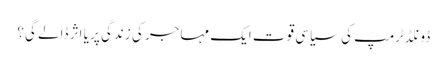
ڈونلڈٹرمپ کی سیاسی قوت ایک مہاجر کی زندگی پر یا اثر ڈالے گی؟